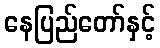
နေပြည်တော်နှင့်